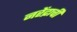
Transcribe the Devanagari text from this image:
नरेंद्राची